Ernst_Jaakson, lk 22
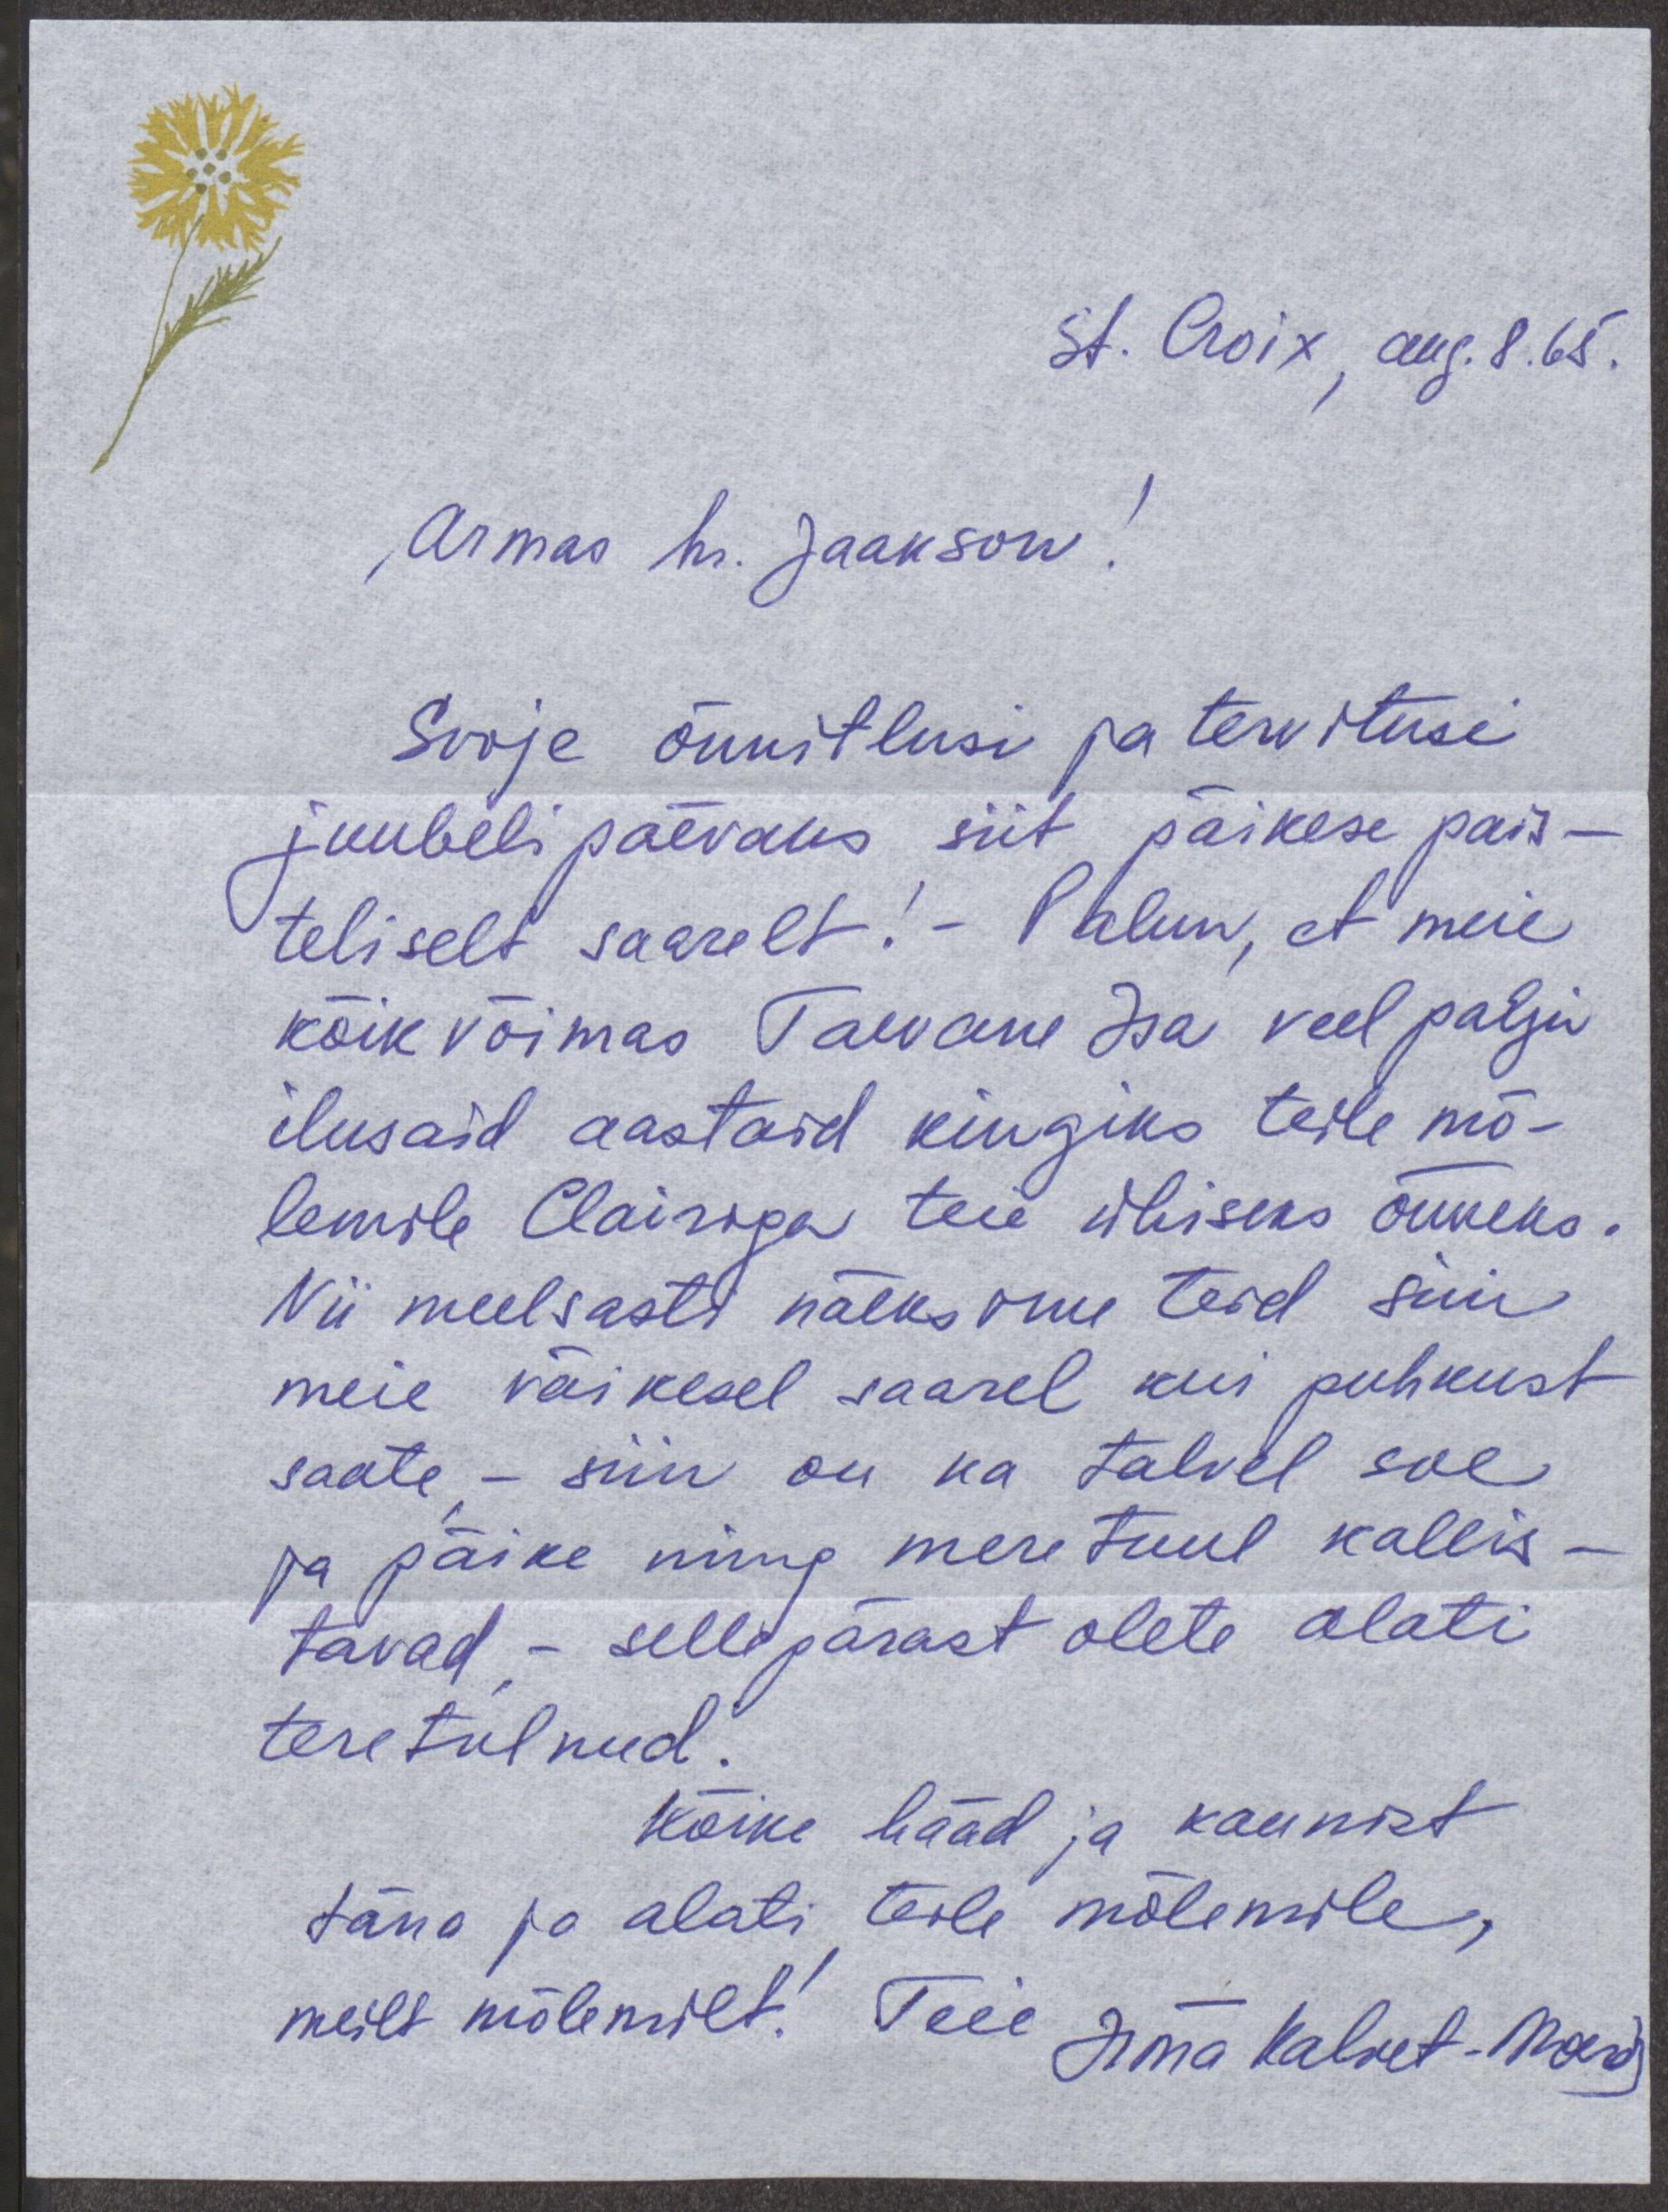
St. Croix, aug. 8. 65.
,Armas hr. Jaakson!
Sooje õnnitlusi ja tervitusi
juubeli päevaks siit päikese pais-
teliselt saarelt! - Palun, et meie
kõik võimas Taevane Isa veel palju
ilusaid aastaid kingiks teile mõ-
lemile Clairoga teie ühiseks õnneks.
Nii meelsasti näeksime teid siin
meie väikesel saarel kui puhkust
saate - siin on ka talvel soe
ja päike ning meretuul kallis-
tavad - sellepärast olete alati
teretulnud.
Kõike hääd ja kaunist
täna ja alati teile mõlemile,
meilt mõlemilt! Teie Irma Kalvet-Mard